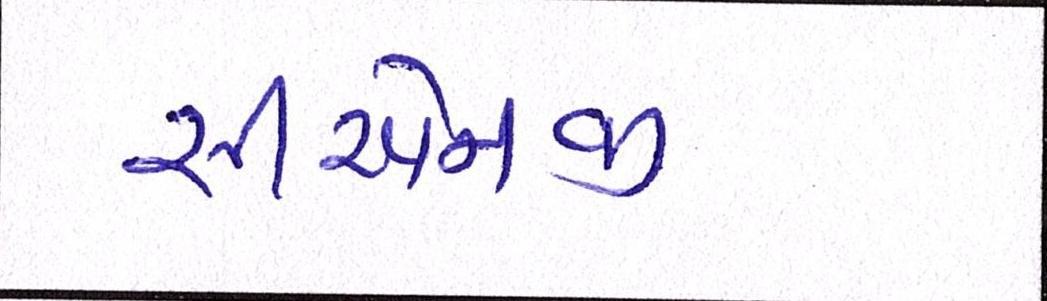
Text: સીએનજી